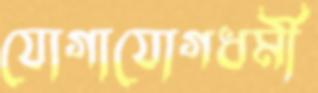
যোগাযোগধর্মী